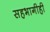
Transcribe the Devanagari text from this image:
सहभागीही